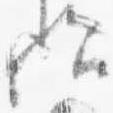
歟